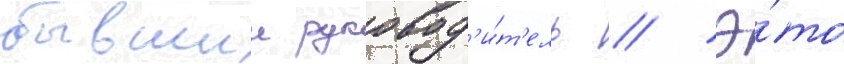
бывшии руковод'и́т'ель // Э́то